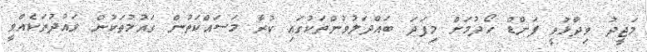
މަޖީދު ވިދާޅުވީ ފަންޑް ހޯދުމަށް މިފަދަ ބައްދަލުވުންތަކުގައި ކުރާ މަސައްކަތުން ގައުމުތަކުން ވައުދުތަކެއްވީ